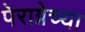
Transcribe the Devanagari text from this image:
पेराग्नेच्या